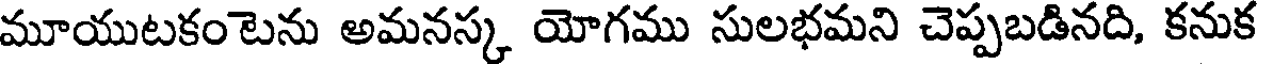
మూయుటకంటెను అమనస్క యోగము సులభమని చెప్పబడినది, కనుక